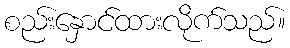
စည်းနှောင်ထားလိုက်သည်။